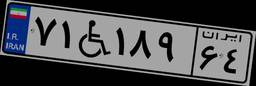
۷۱W۱۸۹۶۴